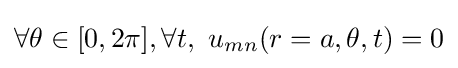
\forall \theta \in [0,2\pi ],\forall t,\ u_{mn}(r=a,\theta ,t)=0